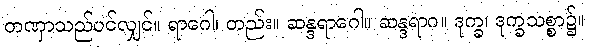
တဏှာသည်ပင်လျှင်။ ရာဂေါ၊ တည်း။ ဆန္ဒရာဂေါ။ ဆန္ဒရာဂ။ ဒုက္ခ၊ ဒုက္ခသစ္စာ၌။